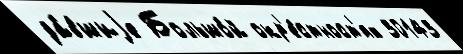
да́вшиjе Большо́й окр'е́стност'ях 30143